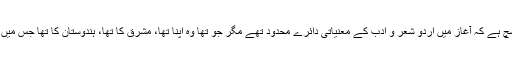
یہ سچ ہے کہ آغاز میں اردو شعر و ادب کے معنیاتی دائرے محدود تھے مگر جو تھا وہ اپنا تھا، مشرق کا تھا، ہندوستان کا تھا جس میں ہند۔